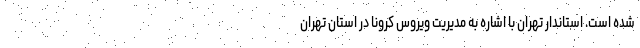
شده است. استاندار تهران با اشاره به مدیریت ویروس کرونا در استان تهران